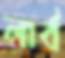
লার্ব